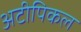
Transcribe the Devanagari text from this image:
अटीपिकल